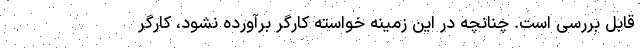
قابل بررسی است. چنانچه در این زمینه خواسته کارگر برآورده نشود، کارگر